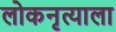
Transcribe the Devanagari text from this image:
लोकनृत्याला